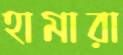
হামারা